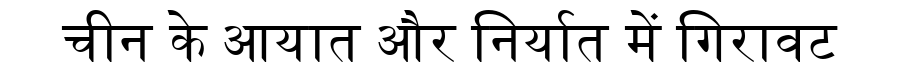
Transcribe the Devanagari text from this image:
चीन के आयात और निर्यात में गिरावट